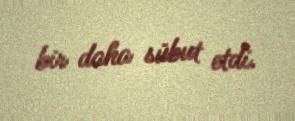
bir daha sübut etdi.